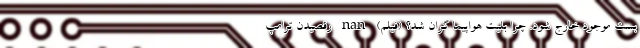
بست موجود خارج شود. چرا بلیت هواپیما گران شد؟ (فیلم) nan رقصیدن ترامپ